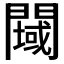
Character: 𲈲